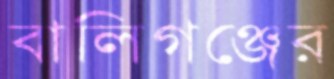
বালিগঞ্জের